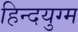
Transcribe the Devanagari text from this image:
हिन्दयुग्म